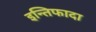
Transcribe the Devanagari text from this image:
इन्तिफादा